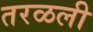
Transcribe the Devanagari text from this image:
तरळली